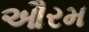
ઔરમ